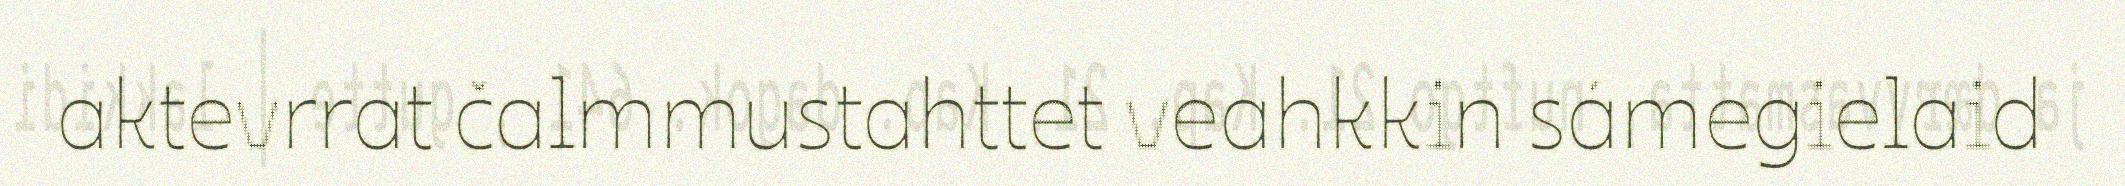
aktevrrat čalmmustahttet veahkkin sámegielaid